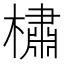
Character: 橚